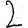
Digit: 2